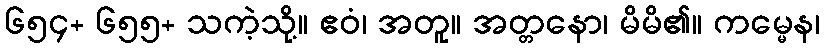
၆၅၄+ ၆၅၅+ သကဲ့သို့။ ဧဝံ၊ အတူ။ အတ္တနော၊ မိမိ၏။ ကမ္မေန၊